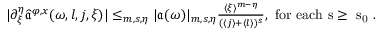
\begin{array} { r } { | \partial _ { \xi } ^ { \eta } \widehat { \mathfrak { a } } ^ { \varphi , x } ( \omega , l , j , \xi ) | \le _ { m , s , \eta } | \mathfrak { a } ( \omega ) | _ { m , s , \eta } \frac { \langle \xi \rangle ^ { m - \eta } } { ( \langle j \rangle + \langle l \rangle ) ^ { s } } , \mathrm { ~ f o r ~ e a c h ~ s \ge ~ s _ 0 ~ } . } \end{array}